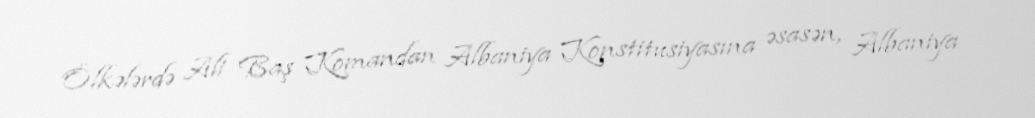
Ölkələrdə Ali Baş Komandan Albaniya Konstitusiyasına əsasən, Albaniya